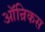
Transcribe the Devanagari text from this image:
ऑन्रिकस